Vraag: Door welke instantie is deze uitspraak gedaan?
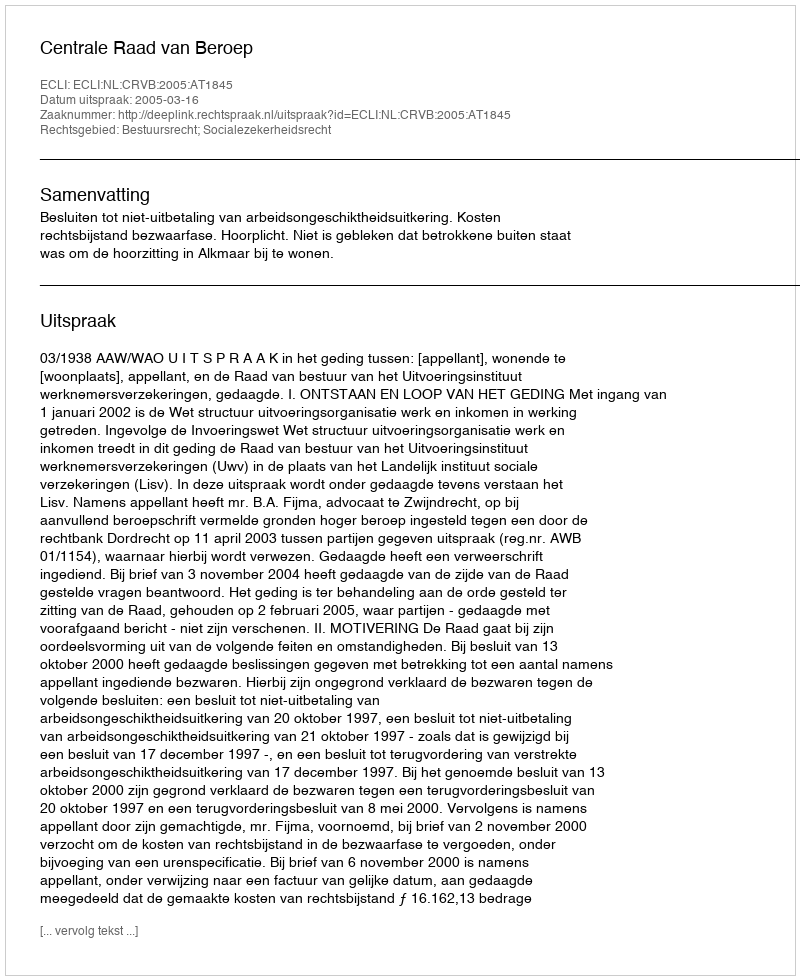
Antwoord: Centrale Raad van Beroep